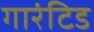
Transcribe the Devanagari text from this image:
गारंटिड